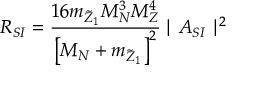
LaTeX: R _ { S I } = { \frac { { 1 6 m _ { \tilde { Z } _ { 1 } } M _ { N } ^ { 3 } } M _ { Z } ^ { 4 } } { \left[ { M _ { N } + m _ { \tilde { Z } _ { 1 } } } \right] ^ { 2 } } } \, { \mid A _ { S I } \mid ^ { 2 } }